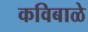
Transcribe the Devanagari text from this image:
कविबाळे